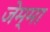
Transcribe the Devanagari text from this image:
जेम्मा